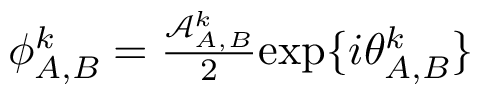
\begin{array} { r } { { \phi } _ { A , B } ^ { k } = \frac { \mathcal { A } _ { A , B } ^ { k } } { 2 } \mathrm { e x p } \{ i \theta _ { A , B } ^ { k } \} } \end{array}